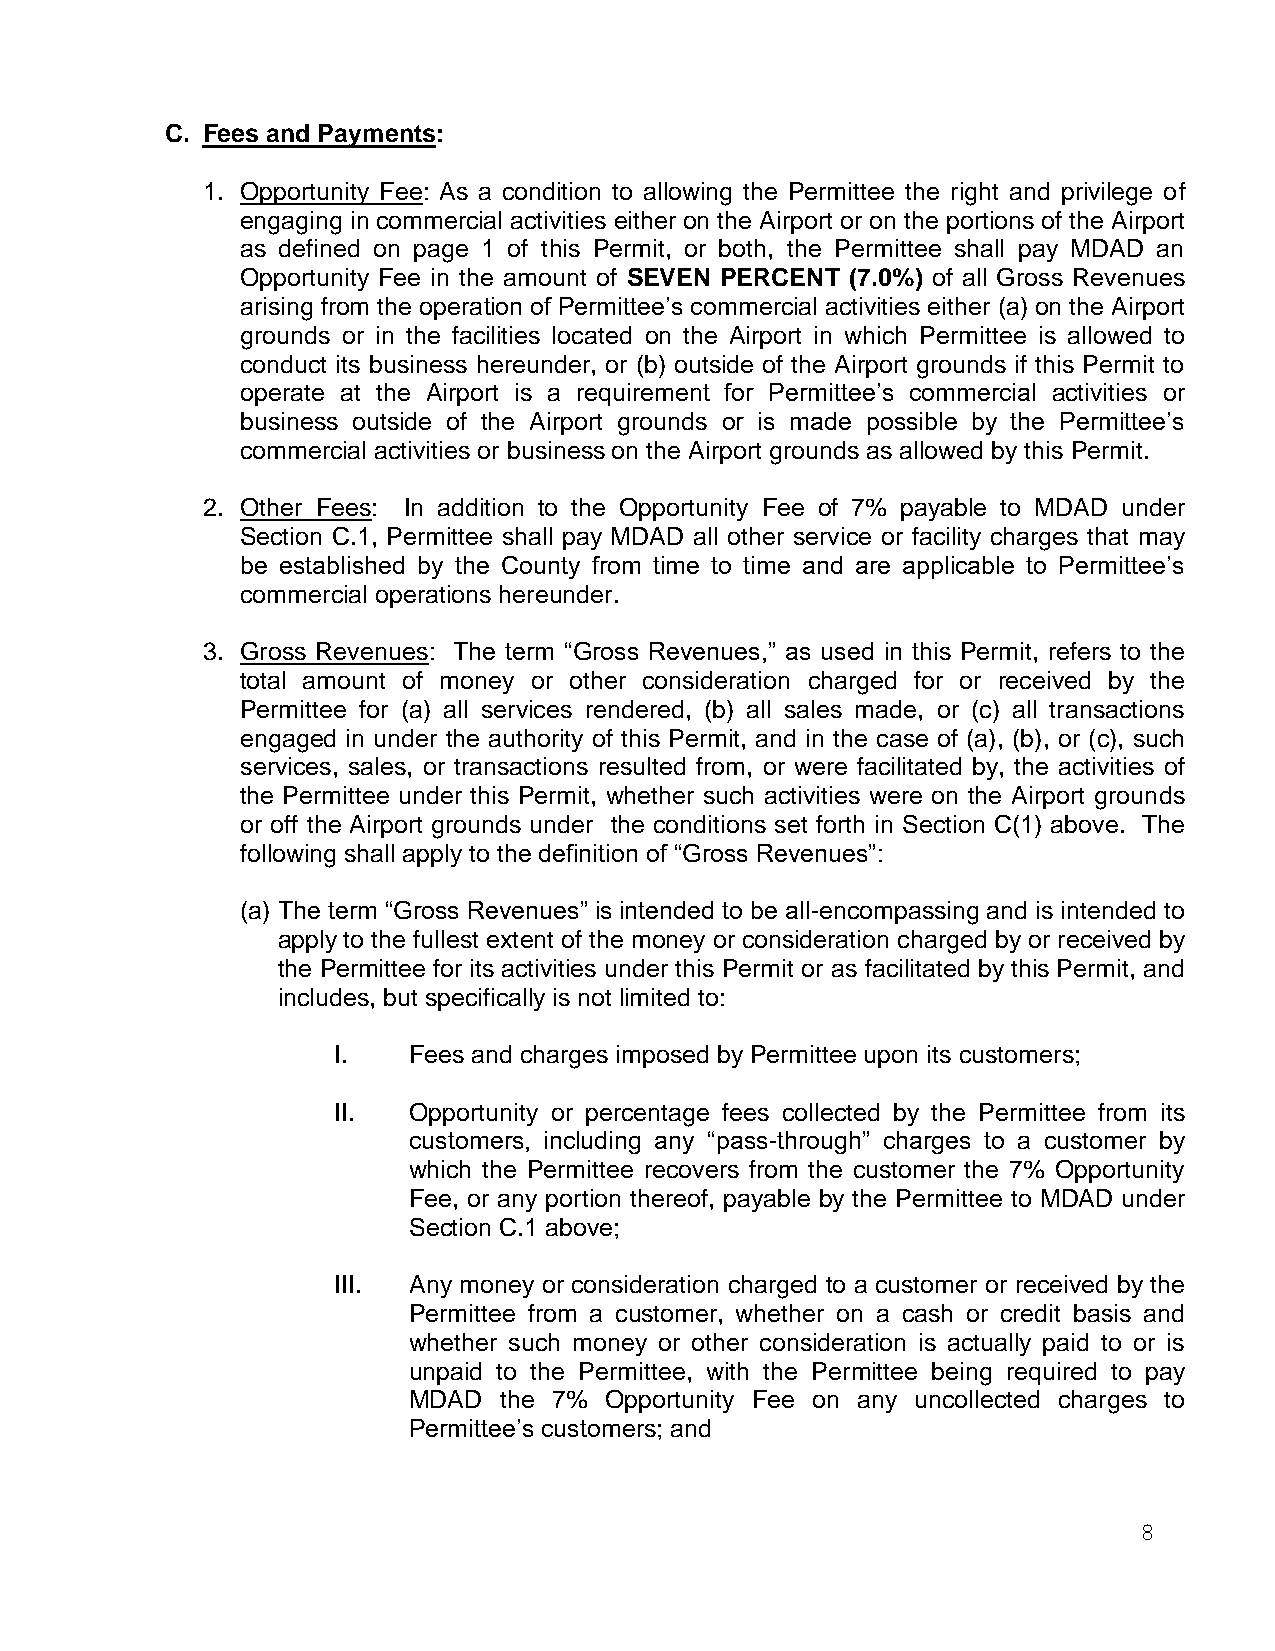
C. Fees and Payments:
 1. Opportunity Fee: As a condition to allowing the Permittee the right and privilege of
 engaging in commercial activities either on the Airport or on the portions of the Airport
 as defined on page 1 of this Permit, or both, the Permittee shall pay MDAD an
 Opportunity Fee in the amount of SEVEN PERCENT (7.0%) of all Gross Revenues
 arising from the operation of Permittee’s commercial activities either (a) on the Airport
 grounds or in the facilities located on the Airport in which Permittee is allowed to
 conduct its business hereunder, or (b) outside of the Airport grounds if this Permit to
 operate at the Airport is a requirement for Permittee’s commercial activities or
 business outside of the Airport grounds or is made possible by the Permittee’s
 commercial activities or business on the Airport grounds as allowed by this Permit.
 2. Other Fees: In addition to the Opportunity Fee of 7% payable to MDAD under
 Section C.1, Permittee shall pay MDAD all other service or facility charges that may
 be established by the County from time to time and are applicable to Permittee’s
 commercial operations hereunder.
 3. Gross Revenues: The term “Gross Revenues,” as used in this Permit, refers to the
 total amount of money or other consideration charged for or received by the
 Permittee for (a) all services rendered, (b) all sales made, or (c) all transactions
 engaged in under the authority of this Permit, and in the case of (a), (b), or (c), such
 services, sales, or transactions resulted from, or were facilitated by, the activities of
 the Permittee under this Permit, whether such activities were on the Airport grounds
 or off the Airport grounds under the conditions set forth in Section C(1) above. The
 following shall apply to the definition of “Gross Revenues”:
 (a) The term “Gross Revenues” is intended to be all-encompassing and is intended to
 apply to the fullest extent of the money or consideration charged by or received by
 the Permittee for its activities under this Permit or as facilitated by this Permit, and
 includes, but specifically is not limited to:
 I.   Fees and charges imposed by Permittee upon its customers;
 II.  Opportunity or percentage fees collected by the Permittee from its
 customers, including any “pass-through” charges to a customer by
 which the Permittee recovers from the customer the 7% Opportunity
 Fee, or any portion thereof, payable by the Permittee to MDAD under
 Section C.1 above;
 III. Any money or consideration charged to a customer or received by the
 Permittee from a customer, whether on a cash or credit basis and
 whether such money or other consideration is actually paid to or is
 unpaid to the Permittee, with the Permittee being required to pay
 MDAD  the 7% Opportunity Fee on any uncollected charges to
 Permittee’s customers; and
 8